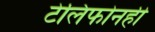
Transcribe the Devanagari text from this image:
टेलिफोनही